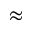
\approx